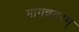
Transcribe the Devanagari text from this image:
मागन्नतरम्